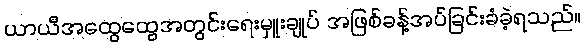
ယာယီအထွေထွေအတွင်းရေးမှူးချုပ် အဖြစ်ခန့်အပ်ခြင်းခံခဲ့ရသည်။